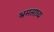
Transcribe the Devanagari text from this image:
भ्रमसाध्य